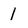
Character: l